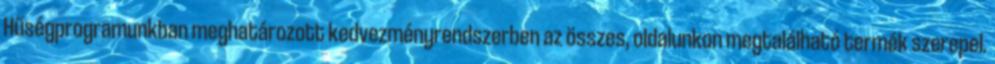
Hűségprogramunkban meghatározott kedvezményrendszerben az összes, oldalunkon megtalálható termék szerepel.